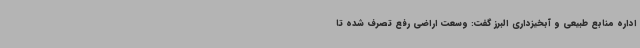
اداره منابع طبیعی و آبخیزداری البرز گفت: وسعت اراضی رفع تصرف شده تا